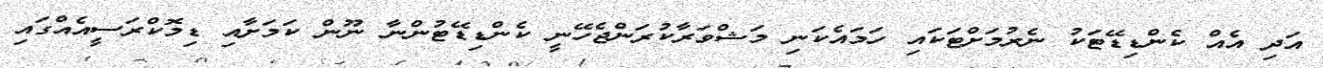
އަދި އެއް ކެންޑިޑޭޓަކު ނެރުމަށްޓަކައި ހަމައެކަނި މަޝްވަރާކުރަންޖެހޭނީ ކެންޑިޑޭޓުންނާ ނޫން ކަމަށާއި ޑިމޮކްރަސީއެއްގައި